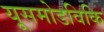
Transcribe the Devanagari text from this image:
यूसमोडविकि